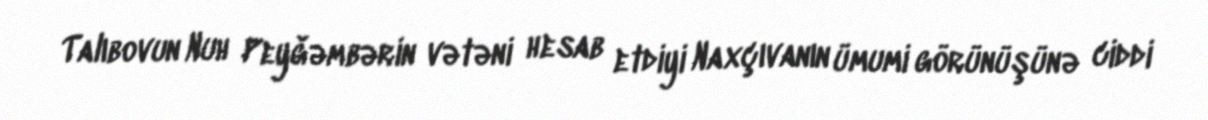
Talıbovun Nuh Peyğəmbərin vətəni hesab etdiyi Naxçıvanın ümumi görünüşünə ciddi